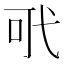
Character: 𢎄